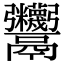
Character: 𩱷